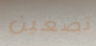
تضعين